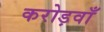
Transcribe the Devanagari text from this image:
करोड़वाँ